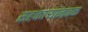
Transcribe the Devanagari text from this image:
सहकार्‍यांजवळ